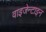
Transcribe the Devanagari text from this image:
वाइजेन्टाइन